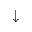
\downarrow